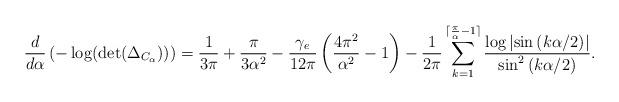
LaTeX: \begin{align*} \frac{d}{d\alpha} \left(- \log(\det(\Delta_{C_{\alpha}})) \right) = \frac{1}{3\pi} + \frac{\pi}{3\alpha^2} - \frac{\gamma_e}{12 \pi} \left( \frac{4\pi^2}{\alpha^2} - 1 \right) - \frac{1}{2\pi} \sum_{k=1} ^{\lceil \frac{\pi}{\alpha} - 1 \rceil} \frac{ \log \left|\sin\left( k \alpha/2 \right)\right|}{\sin^2 \left(k \alpha/2 \right)}. \end{align*}